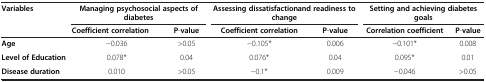
<table><thead><tr><td rowspan="2"><b>Variables</b></td><td colspan="2"><b>Managing psychosocial aspects of diabetes</b></td><td colspan="2"><b>Assessing dissatisfactionand readiness to change</b></td><td colspan="2"><b>Setting and achieving diabetes goals</b></td></tr><tr><td><b>Coefficient correlation</b></td><td><b>P-value</b></td><td><b>Coefficient correlation</b></td><td><b>P-value</b></td><td><b>Correlation coefficient</b></td><td><b>P-value</b></td></tr></thead><tbody><tr><td><b>Age</b></td><td>−0.036</td><td>&gt;0.05</td><td>−0.105*</td><td>0.006</td><td>−0.101*</td><td>0.008</td></tr><tr><td><b>Level of Education</b></td><td>0.078*</td><td>0.04</td><td>0.076*</td><td>0.04</td><td>0.095*</td><td>0.01</td></tr><tr><td><b>Disease duration</b></td><td>0.010</td><td>&gt;0.05</td><td>−0.1*</td><td>0.009</td><td>−0.046</td><td>&gt;0.05</td></tr></tbody></table>